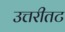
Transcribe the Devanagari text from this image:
उत्तरीतट